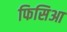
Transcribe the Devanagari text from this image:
फिसिआ